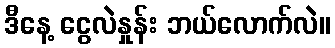
ဒီနေ့ ငွေလဲနှုန်း ဘယ်လောက်လဲ။